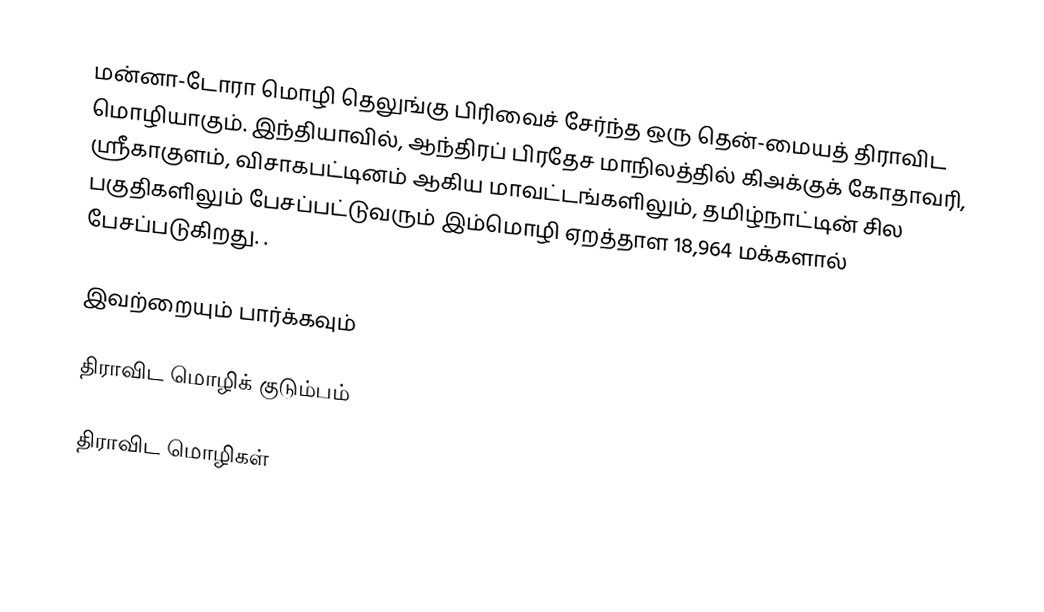
மன்னா-டோரா மொழி தெலுங்கு பிரிவைச் சேர்ந்த ஒரு தென்-மையத் திராவிட மொழியாகும். இந்தியாவில், ஆந்திரப் பிரதேச மாநிலத்தில் கிஅக்குக் கோதாவரி, ஸ்ரீகாகுளம், விசாகபட்டினம் ஆகிய மாவட்டங்களிலும், தமிழ்நாட்டின்  சில பகுதிகளிலும் பேசப்பட்டுவரும் இம்மொழி ஏறத்தாள 18,964 மக்களால் பேசப்படுகிறது. .

இவற்றையும் பார்க்கவும்

 திராவிட மொழிக் குடும்பம்

திராவிட மொழிகள்